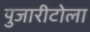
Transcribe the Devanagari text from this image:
पुजारीटोला